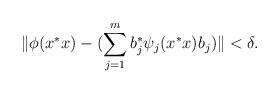
LaTeX: \begin{align*} \| \phi(x^\ast x) - (\sum_{j=1}^m b_j^\ast \psi_j(x^\ast x) b_j)\| < \delta. \end{align*}